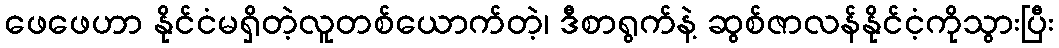
ဖေဖေဟာ နိုင်ငံမရှိတဲ့လူတစ်ယောက်တဲ့၊ ဒီစာရွက်နဲ့ ဆွစ်ဇာလန်နိုင်ငံ့ကိုသွားပြီး